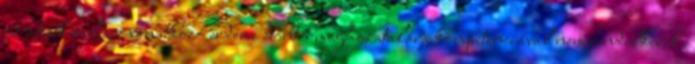
az adatkezelésre vonatkozó érdemi döntés meghozatalára kompetenciával nem rendelkezik,